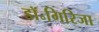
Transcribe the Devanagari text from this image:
डॉ॰गिरिजा